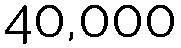
40,000